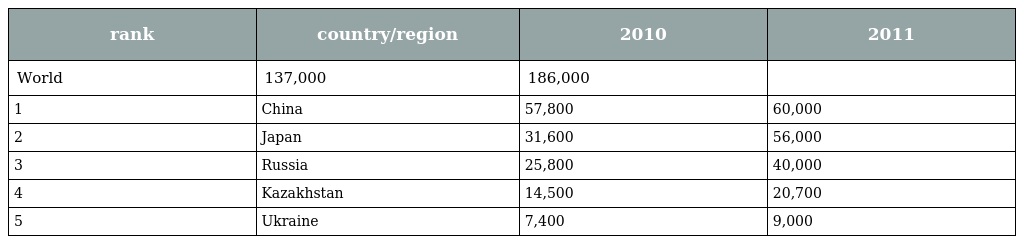
| rank | country/region | 2010 | 2011 |
 | --- | --- | --- | --- |
 | World | 137,000 | 186,000 |  |
 | 1 | China | 57,800 | 60,000 |
 | 2 | Japan | 31,600 | 56,000 |
 | 3 | Russia | 25,800 | 40,000 |
 | 4 | Kazakhstan | 14,500 | 20,700 |
 | 5 | Ukraine | 7,400 | 9,000 |